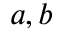
a , b